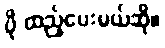
ပို ထည့်ပေးမယ်ဆို။